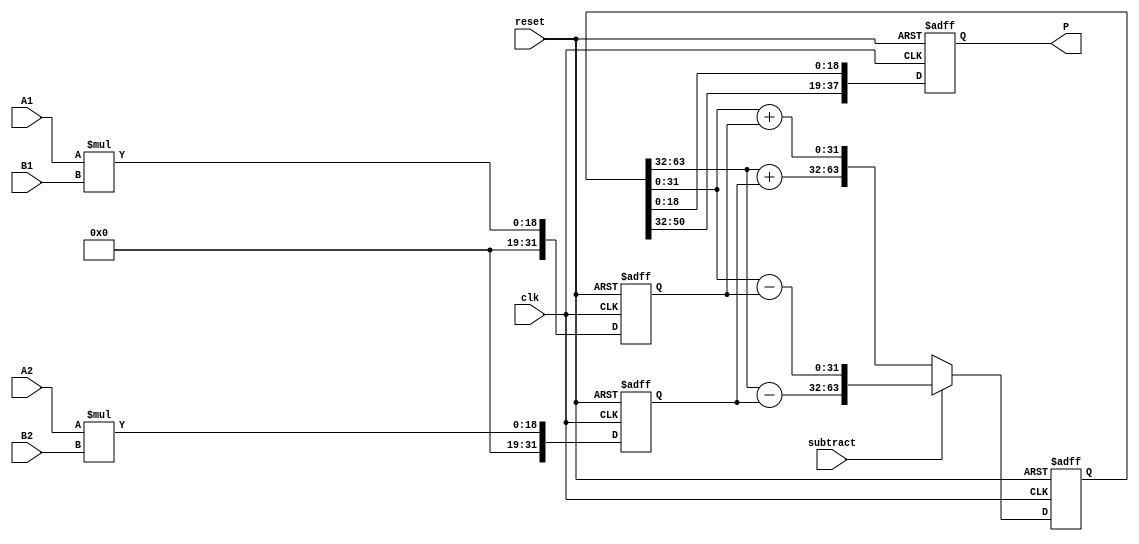
module dsp_mult_accum_input_not_registered_output_registered_inf_dsp19x2 (clk, reset, subtract, A1, A2, B1, B2, P);
	input clk, reset, subtract;
	input  [9:0] A1;
	input  [9:0] A2;
	input  [8:0] B1;
	input  [8:0] B2;
	output reg  [37:0] P;
	reg    [31:0] mult1, mult2;
	reg    [63:0] add_or_sub;

	always @ (posedge clk, negedge reset)  begin
		if(reset == 0) begin
			mult1 <= 0;
			mult2 <=  0;	
		end
		else begin
			mult1 <= A1*B1;
			mult2 <= A2*B2;
		end
	end

	always @ (posedge clk, negedge reset)  begin
		if(reset == 0) 
			add_or_sub <= 0;
		else begin
			if (subtract)
				add_or_sub <= {(add_or_sub[63:32] - mult2),(add_or_sub[31:0] - mult1)};
			else
				add_or_sub <= {(add_or_sub[63:32] + mult2),(add_or_sub[31:0] + mult1)};
		end
	end

	always@(posedge clk, negedge reset) begin
		if(reset == 0)
		 P <= 0;
		else
		 P <= {add_or_sub[50:32],add_or_sub[18:0]};
	end
		
endmodule